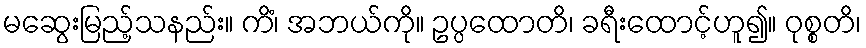
မဆွေးမြည့်သနည်း။ ကိံ၊ အဘယ်ကို။ ဥပ္ပထောတိ၊ ခရီးထောင့်ဟူ၍။ ဝုစ္စတိ၊